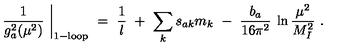
\left. \frac { 1 } { g _ { a } ^ { 2 } ( \mu ^ { 2 } ) } \ \right| _ { \mathrm { 1 - l o o p } } \ = \ \frac { 1 } { l } \ + \ \sum _ { k } s _ { a k } m _ { k } \ - \ \frac { b _ { a } } { 1 6 \pi ^ { 2 } } \: \ln \frac { \mu ^ { 2 } } { M _ { I } ^ { 2 } } \ .